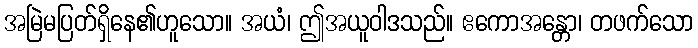
အမြဲမပြတ်ရှိနေ၏ဟူသော။ အယံ၊ ဤအယူဝါဒသည်။ ဧကောအန္တော၊ တဖက်သော